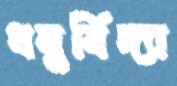
ধনুর্বিদ্যা